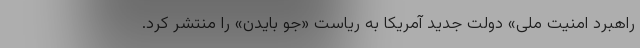
راهبرد امنیت ملی» دولت جدید آمریکا به ریاست «جو بایدن» را منتشر کرد.